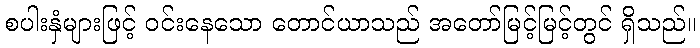
စပါးနှံများဖြင့် ဝင်းနေသော တောင်ယာသည် အတော်မြင့်မြင့်တွင် ရှိသည်။